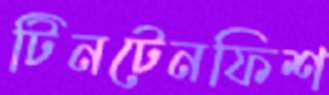
টিনটেনফিশ